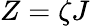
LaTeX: Z=\zeta J